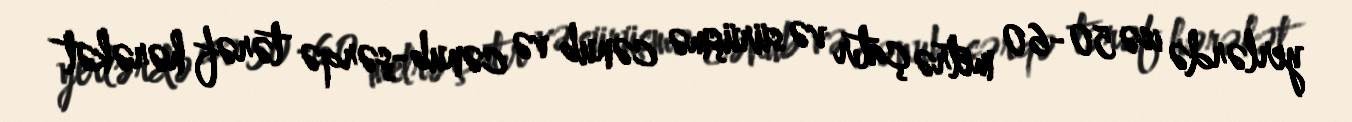
yerlərdə isə 50-60 metrə çatır və sürüşmə cənub və cənub-şərqə tərəf hərəkət